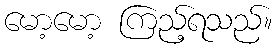
မော့မော့ ကြည့်ရသည်။